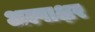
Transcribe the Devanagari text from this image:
अल्पाक्षर